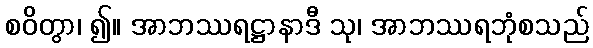
စဝိတွာ၊ ၍။ အာဘဿရဋ္ဌာနာဒီ သု၊ အာဘဿရဘုံစသည်